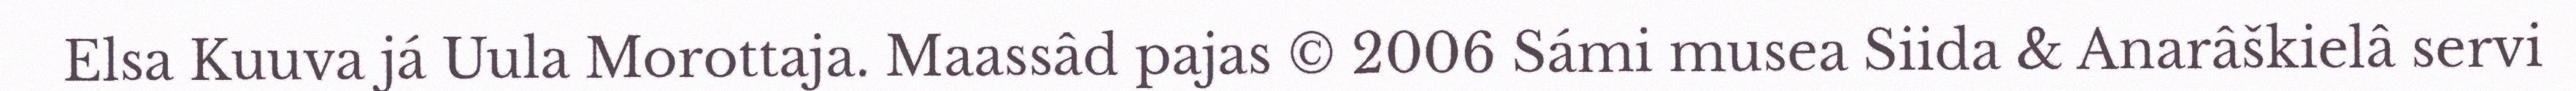
Elsa Kuuva já Uula Morottaja. Maassâd pajas © 2006 Sámi musea Siida & Anarâškielâ servi